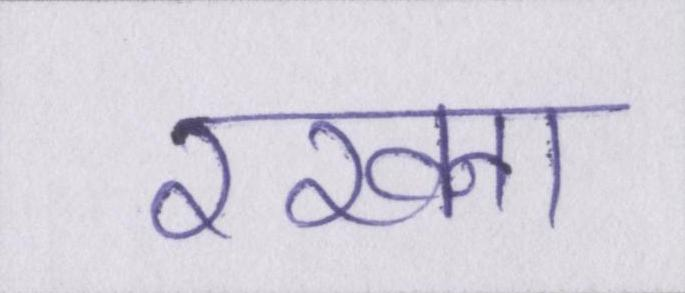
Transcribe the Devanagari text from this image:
रखना